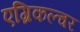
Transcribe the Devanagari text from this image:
एग्रिकल्चर